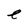
Character: e